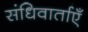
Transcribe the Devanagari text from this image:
संधिवार्ताएँ